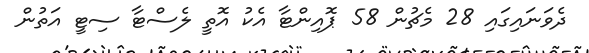
ދެވަނައިގައި 28 މެޗުން 58 ޕޮއިންޓާ އެކު އޮތީ ލެސްޓާ ސިޓީ އަތުން